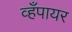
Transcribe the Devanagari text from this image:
व्हँपायर